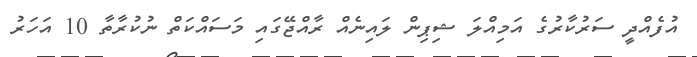
އުފެއްދީ ސަރުކާރުގެ އަމިއްލަ ޝިޕިން ލައިނެއް ރާއްޖޭގައި މަސައްކަތް ނުކުރާތާ 10 އަހަރު